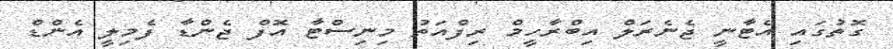
ގޮތުގައި އެޓާނީ ޖެނެރަލް އިބްރާހީމް ރިފްއަތު މިނިސްޓާ އޮފް ޖެންޑާ ފެމިލީ އެންޑް